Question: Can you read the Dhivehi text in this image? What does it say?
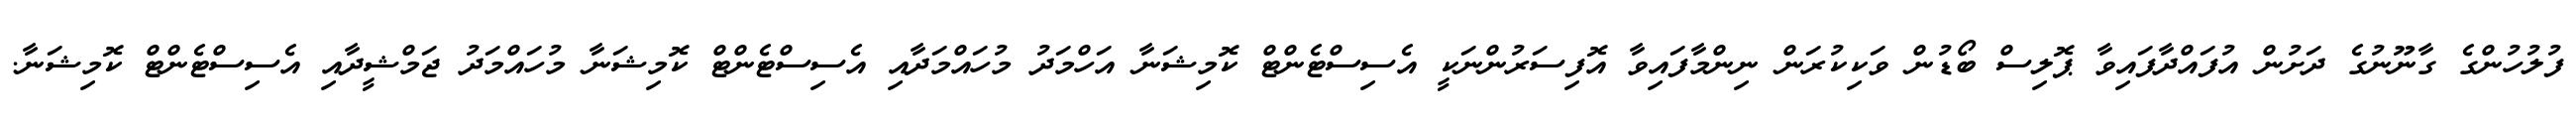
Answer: ފުލުހުންގެ ގާނޫނުގެ ދަށުން އުފައްދާފައިވާ ޕޮލިސް ބޯޑުން ވަކިކުރަން ނިންމާފައިވާ އޮފިސަރުންނަކީ އެސިސްޓެންޓް ކޮމިޝަނާ އަހްމަދު މުހައްމަދާއި އެސިސްޓެންޓް ކޮމިޝަނާ މުހައްމަދު ޖަމްޝީދާއި އެސިސްޓެންޓް ކޮމިޝަނާ.